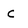
Character: c